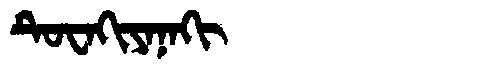
Manchu: ᡨᡠᠸᠠᡴᡳᠶᠠᠨᠠᡴᡳ
Romanization: TUWAKIYANAKI